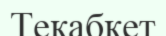
Текабкет